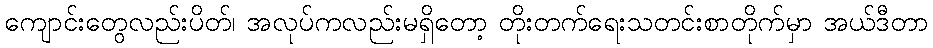
ကျောင်းတွေလည်းပိတ်၊ အလုပ်ကလည်းမရှိတော့ တိုးတက်ရေးသတင်းစာတိုက်မှာ အယ်ဒီတာ